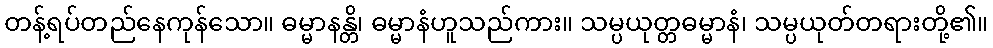
တန့်ရပ်တည်နေကုန်သော။ ဓမ္မာနန္တိ၊ ဓမ္မာနံဟူသည်ကား။ သမ္ပယုတ္တဓမ္မာနံ၊ သမ္ပယုတ်တရားတို့၏။